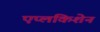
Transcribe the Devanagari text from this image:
एप्लकिशेन